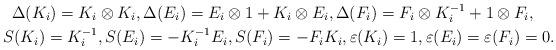
LaTeX: \begin{gather*}\Delta(K_i)=K_i\otimes K_i, \Delta(E_i)=E_i\otimes1+ K_i\otimes E_i, \Delta(F_i)=F_i\otimes K_i^{-1}+1\otimes F_i, \\S(K_{i}) = K_{i}^{-1}, S(E_{i}) = - K_{i}^{-1} E_{i}, S(F_{i}) = - F_{i} K_{i}, \varepsilon(K_i)=1, \varepsilon(E_i)=\varepsilon(F_i)=0.\end{gather*}